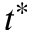
t ^ { * }